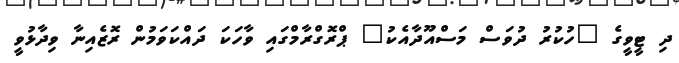
ދި ޓީވީގެ "ހުކުރު ދުވަސް މަސްއޫދާއެކު" ޕްރޮގްރާމްގައި ވާހަކަ ދައްކަވަމުން ރޮޒެއިނާ ވިދާޅުވީ